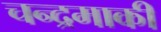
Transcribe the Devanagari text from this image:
चन्द्रमाकी